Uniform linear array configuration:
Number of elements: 16
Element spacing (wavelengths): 0.5
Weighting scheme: hamming
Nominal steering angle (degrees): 15
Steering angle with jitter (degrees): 16.117
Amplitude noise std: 0.05
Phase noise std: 0.05

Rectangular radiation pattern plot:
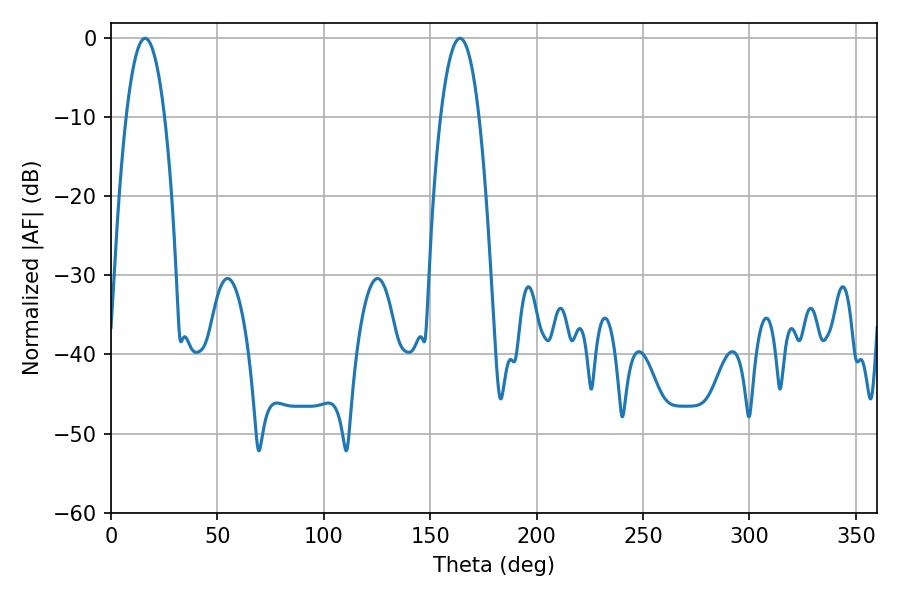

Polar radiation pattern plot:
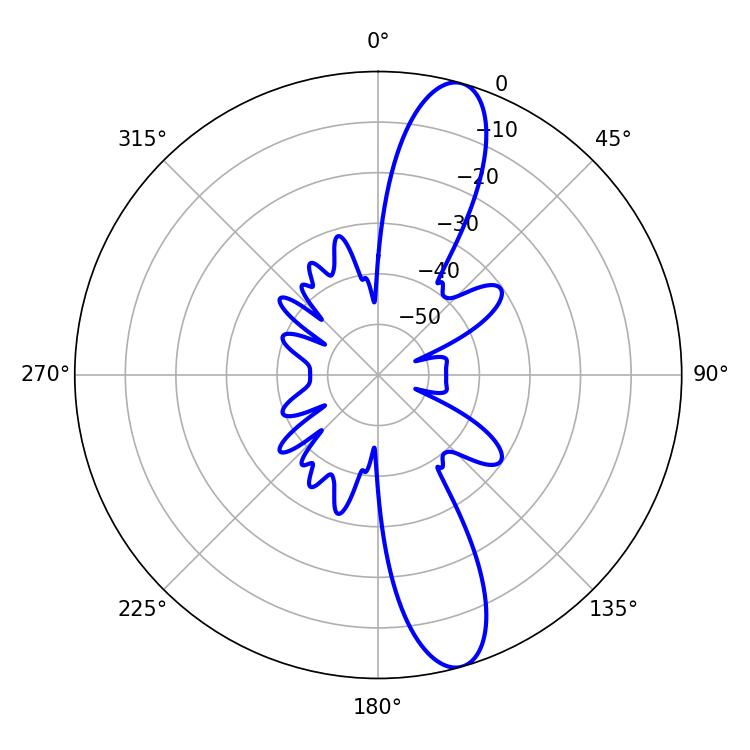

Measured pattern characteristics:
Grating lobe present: FALSE
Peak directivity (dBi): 12.87
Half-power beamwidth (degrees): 9.9
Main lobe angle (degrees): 16.02